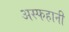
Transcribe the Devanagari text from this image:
अस्फहानी